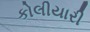
કોલીયારી